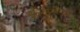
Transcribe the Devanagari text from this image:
इल्लिल्लाह्